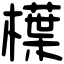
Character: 𣜿